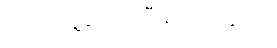
ဘယ်သူ့တေးသီချင်းတွေလဲ။